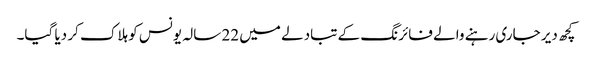
کچھ دیر جاری رہنے والے فائرنگ کے تبادلے میں 22 سالہ یونس کو ہلاک کر دیا گیا۔